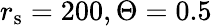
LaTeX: r_{\mathrm{s}}=200,\Theta=0.5